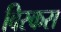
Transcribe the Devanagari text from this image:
विस्कस